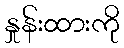
နှုန်းထားကို